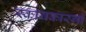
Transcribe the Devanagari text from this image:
स्कायकारगो